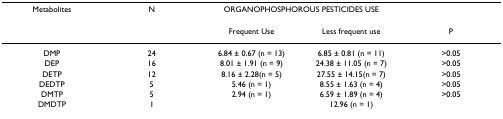
<table><thead><tr><td><b>Metabolites</b></td><td><b>N</b></td><td colspan="2"><b>ORGANOPHOSPHOROUS PESTICIDES USE</b></td><td></td></tr></thead><tbody><tr><td></td><td></td><td>Frequent Use</td><td>Less frequent use</td><td>P</td></tr><tr><td>DMP</td><td>24</td><td>6.84 ± 0.67 (n = 13)</td><td>6.85 ± 0.81 (n = 11)</td><td>&gt;0.05</td></tr><tr><td>DEP</td><td>16</td><td>8.01 ± 1.91 (n = 9)</td><td>24.38 ± 11.05 (n = 7)</td><td>&gt;0.05</td></tr><tr><td>DETP</td><td>12</td><td>8.16 ± 2.28(n = 5)</td><td>27.55 ± 14.15(n = 7)</td><td>&gt;0.05</td></tr><tr><td>DEDTP</td><td>5</td><td>5.46 (n = 1)</td><td>8.55 ± 1.63 (n = 4)</td><td>&gt;0.05</td></tr><tr><td>DMTP</td><td>5</td><td>2.94 (n = 1)</td><td>6.59 ± 1.89 (n = 4)</td><td>&gt;0.05</td></tr><tr><td>DMDTP</td><td>1</td><td></td><td>12.96 (n = 1)</td><td></td></tr></tbody></table>